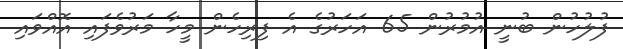
ފުލުހުން ބުނީ އުމުރުން 65 އަހަރުގެ އެ ފިރިހެން މީހާ މަރުވެފައި އޮއްވައި